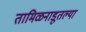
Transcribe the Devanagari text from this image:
तामिळनाडूतल्या